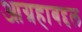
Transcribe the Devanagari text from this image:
आग्रहाबद्दल